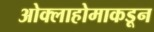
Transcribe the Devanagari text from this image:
ओक्लाहोमाकडून